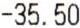
-35.50